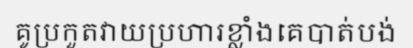
គូប្រកួតវាយប្រហារខ្លាំងគេបាត់បង់